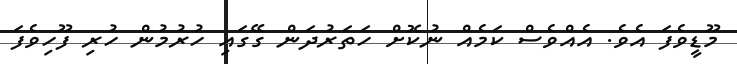
މޫޑީވެފަ އެވެ. އެއްވެސް ކަމެއް ނުކޮށް ހަތަރުދަން ގޭގައި ހުރުމުން ހުރި ފޫހިވެފަ